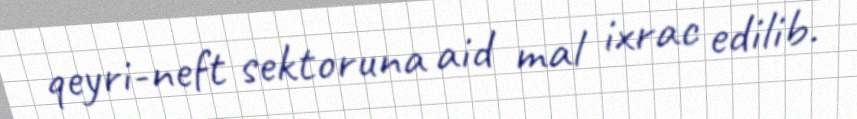
qeyri-neft sektoruna aid mal ixrac edilib.